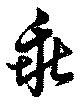
乖